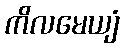
ကိလမေယျံ